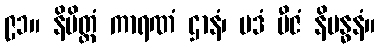
၉၁။ နိမိတ္တံ ကာရဏံ ဌာနံ၊ ပဒံ ဗီဇံ နိဗန္ဓနံ။